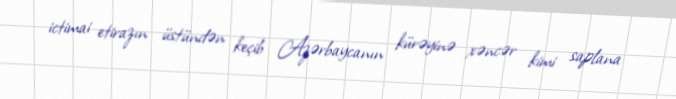
ictimai etirazın üstündən keçib Azərbaycanın kürəyinə xəncər kimi saplana